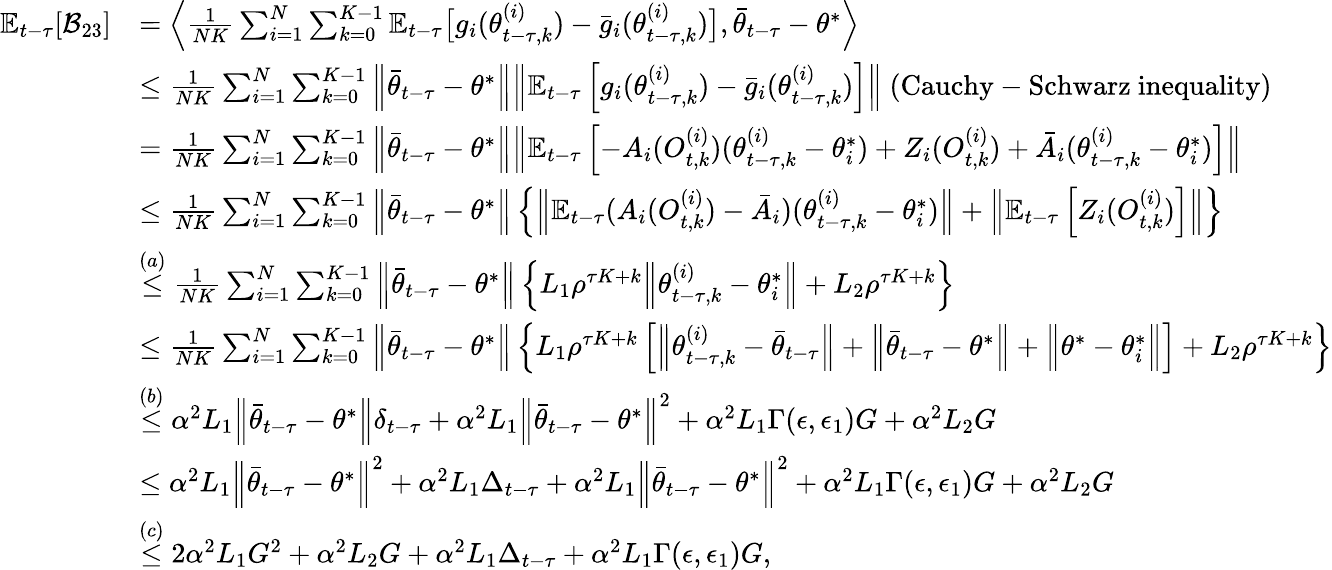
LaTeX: \begin{array}{rl}{\mathbb{E}_{t-\tau}[\mathcal{B}_{23}]}&{=\Big\langle\frac{1}{NK}\sum_{i=1}^{N}\sum_{k=0}^{K-1}\mathbb{E}_{t-\tau}\big[g_{i}(\theta_{t-\tau,k}^{(i)})-\bar{g}_{i}(\theta_{t-\tau,k}^{(i)})\big],\bar{\theta}_{t-\tau}-\theta^{*}\Big\rangle}\\ &{\le\frac{1}{NK}\sum_{i=1}^{N}\sum_{k=0}^{K-1}\Big\lVert\bar{\theta}_{t-\tau}-\theta^{*}\Big\rVert\Big\lVert\mathbb{E}_{t-\tau}\left[g_{i}(\theta_{t-\tau,k}^{(i)})-\bar{g}_{i}(\theta_{t-\tau,k}^{(i)})\right]\Big\rVert\ (\mathrm{Cauchy-Schwarz~inequality})}\\ &{=\frac{1}{NK}\sum_{i=1}^{N}\sum_{k=0}^{K-1}\Big\lVert\bar{\theta}_{t-\tau}-\theta^{*}\Big\rVert\Big\lVert\mathbb{E}_{t-\tau}\left[-A_{i}(O_{t,k}^{(i)})(\theta_{t-\tau,k}^{(i)}-\theta_{i}^{*})+Z_{i}(O_{t,k}^{(i)})+\bar{A}_{i}(\theta_{t-\tau,k}^{(i)}-\theta_{i}^{*})\right]\Big\rVert}\\ &{\le\frac{1}{NK}\sum_{i=1}^{N}\sum_{k=0}^{K-1}\Big\lVert\bar{\theta}_{t-\tau}-\theta^{*}\Big\rVert\left\{ \Big\lVert\mathbb{E}_{t-\tau}(A_{i}(O_{t,k}^{(i)})-\bar{A}_{i})(\theta_{t-\tau,k}^{(i)}-\theta_{i}^{*})\Big\lVert+\Big\lVert\mathbb{E}_{t-\tau}\left[Z_{i}(O_{t,k}^{(i)})\right]\Big\rVert\right\} }\\ &{\stackrel{(a)}{\le}\frac{1}{NK}\sum_{i=1}^{N}\sum_{k=0}^{K-1}\Big\lVert\bar{\theta}_{t-\tau}-\theta^{*}\Big\rVert\left\{ L_{1}\rho^{\tau K+k}\Big\lVert\theta_{t-\tau,k}^{(i)}-\theta_{i}^{*}\Big\lVert+L_{2}\rho^{\tau K+k}\right\} }\\ &{\le\frac{1}{NK}\sum_{i=1}^{N}\sum_{k=0}^{K-1}\Big\lVert\bar{\theta}_{t-\tau}-\theta^{*}\Big\rVert\left\{ L_{1}\rho^{\tau K+k}\left[\Big\lVert\theta_{t-\tau,k}^{(i)}-\bar{\theta}_{t-\tau}\Big\rVert+\Big\lVert\bar{\theta}_{t-\tau}-\theta^{*}\Big\lVert+\Big\lVert\theta^{*}-\theta_{i}^{*}\Big\lVert\right]+L_{2}\rho^{\tau K+k}\right\} }\\ &{\stackrel{(b)}{\le}\alpha^{2}L_{1}\Big\lVert\bar{\theta}_{t-\tau}-\theta^{*}\Big\rVert\delta_{t-\tau}+\alpha^{2}L_{1}\Big\lVert\bar{\theta}_{t-\tau}-\theta^{*}\Big\lVert^{2}+\alpha^{2}L_{1}\Gamma(\epsilon,\epsilon_{1})G+\alpha^{2}L_{2}G}\\ &{\le\alpha^{2}L_{1}\Big\lVert\bar{\theta}_{t-\tau}-\theta^{*}\Big\rVert^{2}+\alpha^{2}L_{1}\Delta_{t-\tau}+\alpha^{2}L_{1}\Big\lVert\bar{\theta}_{t-\tau}-\theta^{*}\Big\lVert^{2}+\alpha^{2}L_{1}\Gamma(\epsilon,\epsilon_{1})G+\alpha^{2}L_{2}G}\\ &{\stackrel{(c)}{\le}2\alpha^{2}L_{1}G^{2}+\alpha^{2}L_{2}G+\alpha^{2}L_{1}\Delta_{t-\tau}+\alpha^{2}L_{1}\Gamma(\epsilon,\epsilon_{1})G,}\end{array}